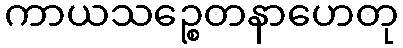
ကာယသဉ္စေတနာဟေတု